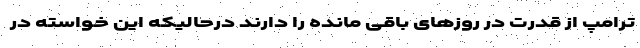
ترامپ از قدرت در روزهای باقی مانده را دارند درحالیکه این خواسته در